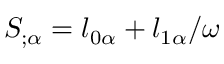
{ \cal S } _ { ; \alpha } = l _ { 0 \alpha } + l _ { 1 \alpha } / \omega